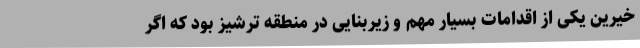
خیرین یکی از اقدامات بسیار مهم و زیربنایی در منطقه ترشیز بود که اگر